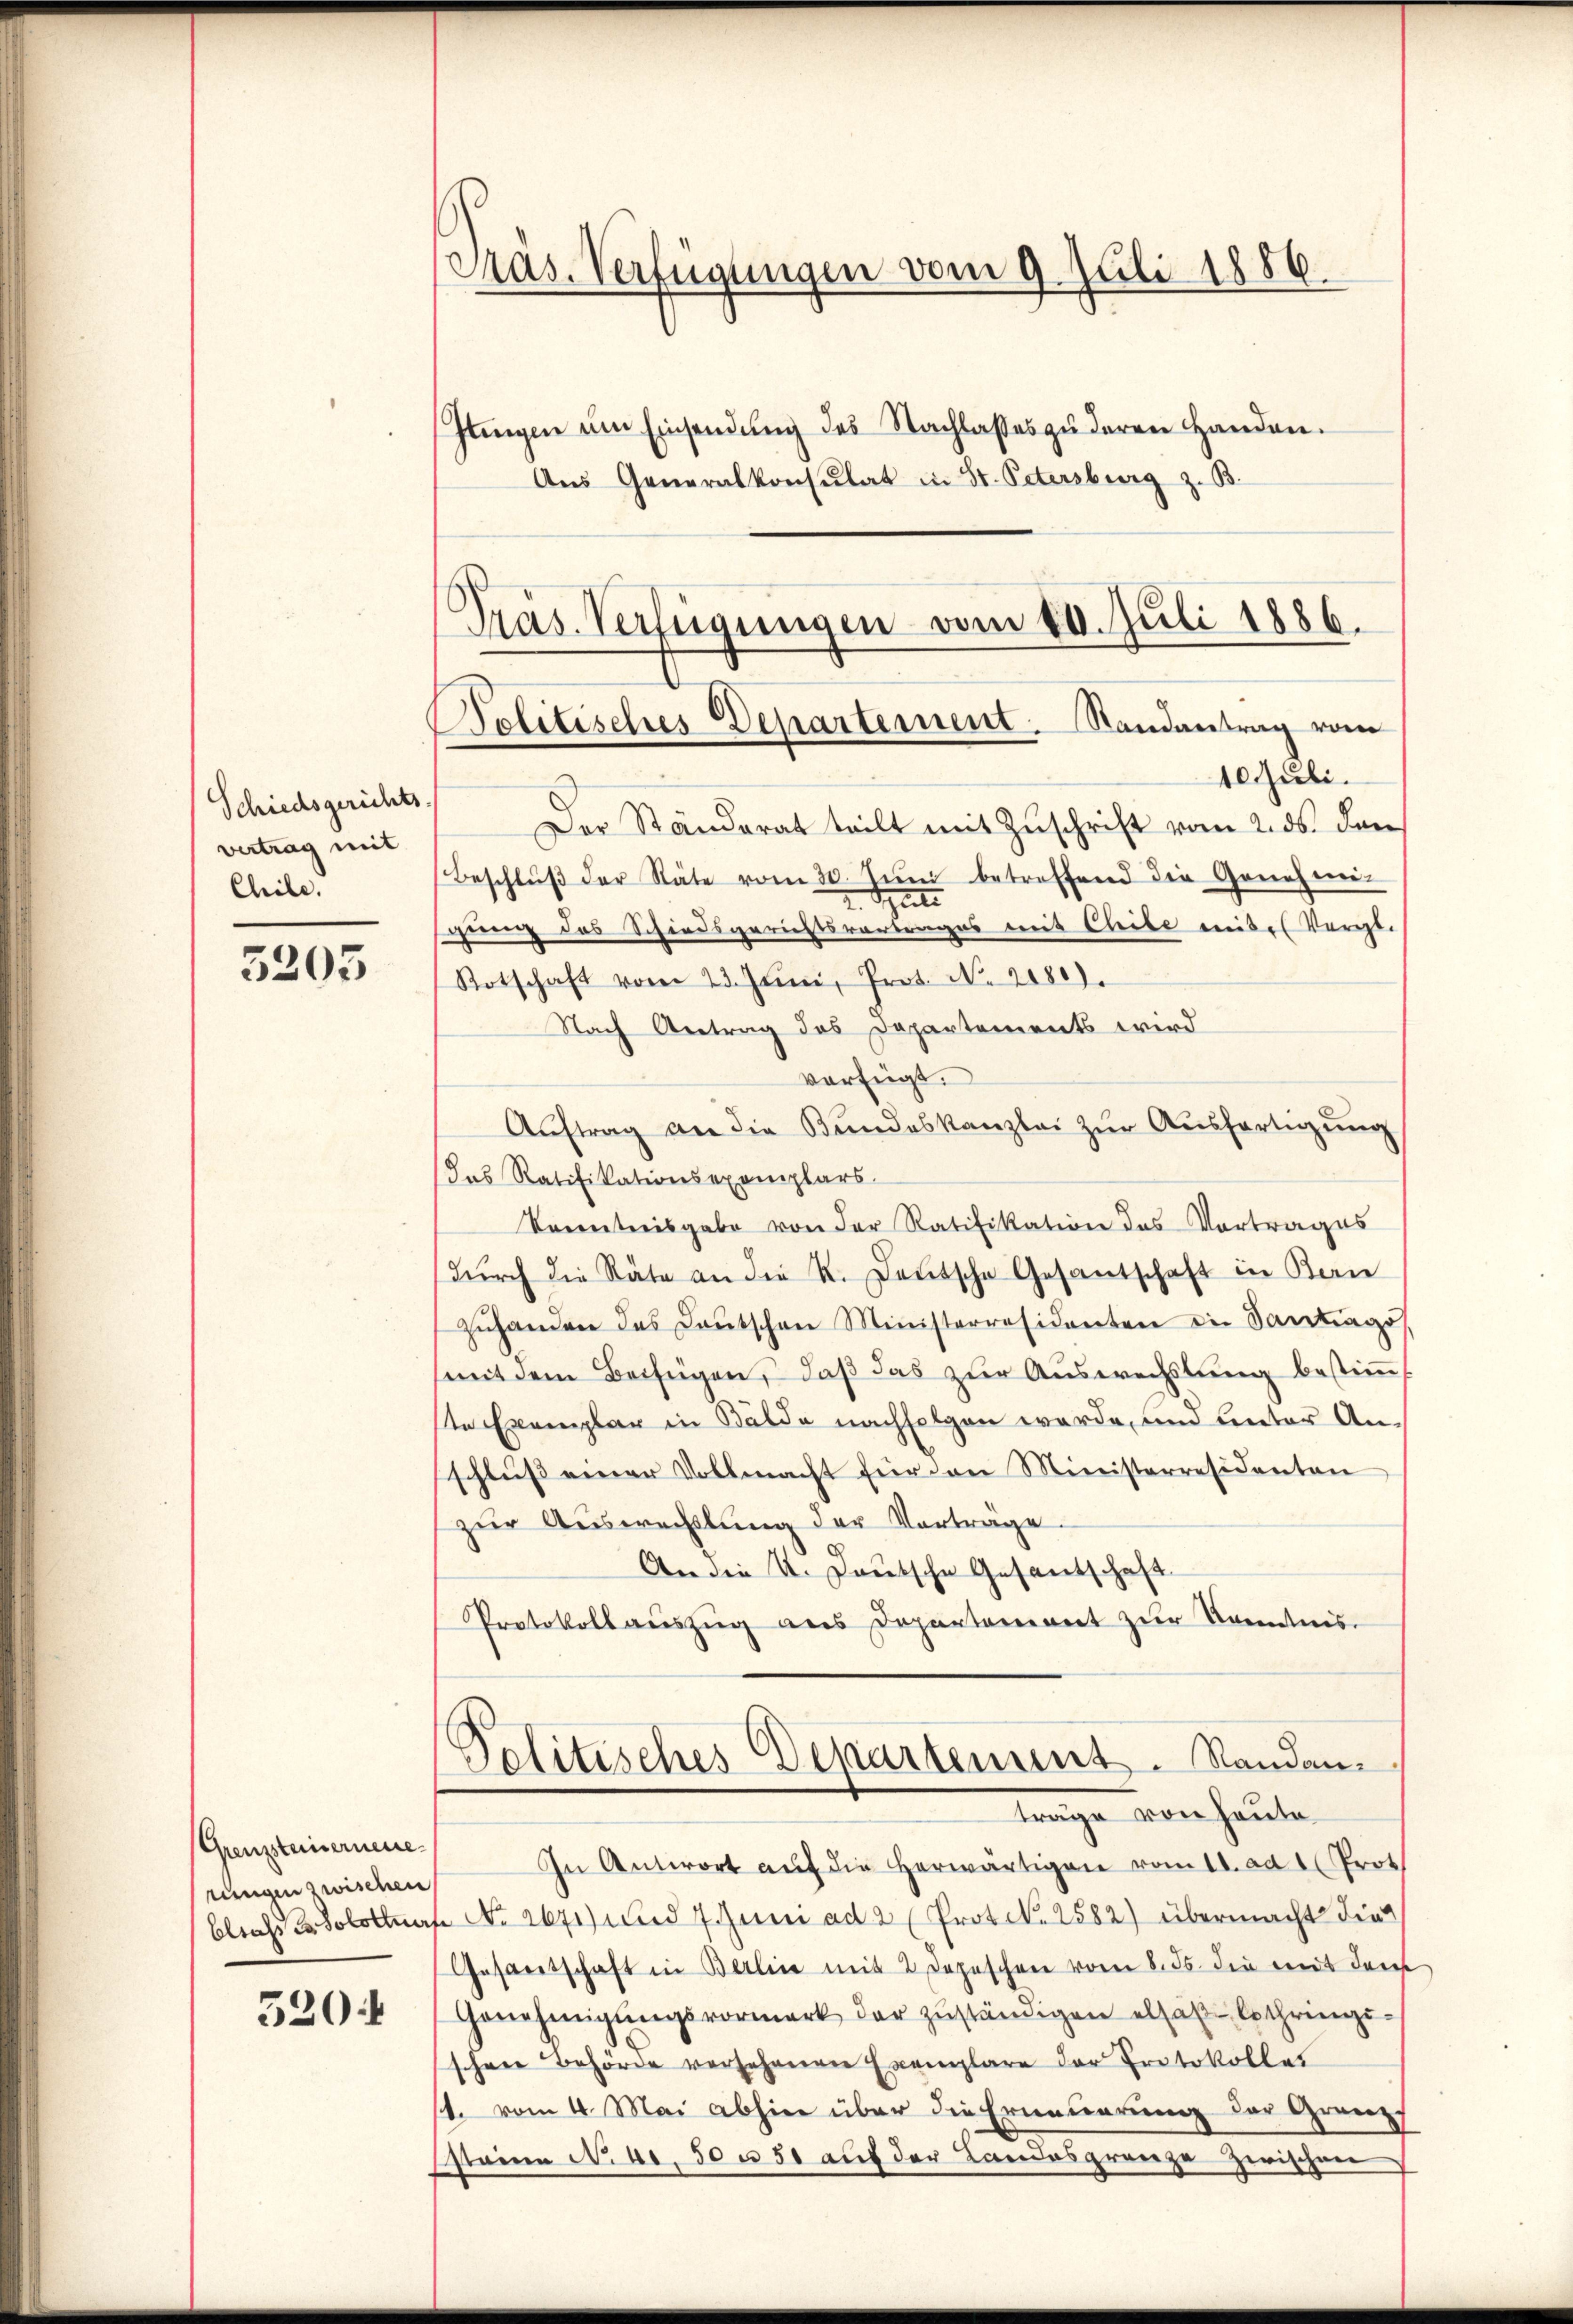
Schiedsgerichts.
vertrag mit
Chile.

3203

(Grenzsteinerneue
rungen zwischen

520:

)
Präs. Verfügungen vom 9. Juli 1886.
Jlingen um Einsendung des Nachlasses zu deren Handen.
Aus Generalkonsulat in St. Petersburg z. B.

Präs. Verfügungen vom 10. Juli 1886.
Politisches Departement. Randantrag vom

40 Juli.
Der Ständerat teilt mit Zŭschrift vom 2. ds. den
Beschlŭβ der Räte vom 30. Jŭni betreffend die Genehmi-
Spute
gerung das Schiedsgerichtsvortrages mit Chibe mitel Vergl.
Rotschaft vom 23. Jŭni, Prot. No. 2080.
Nach Antrag des Departements wird
vorfügt.
Aŭftrag an die Bŭndeskanzlei zŭr Aŭsfertigung
Das Ratifikationsexemplars
Kenntnisgabe von der Ratifikation das Vortrages
durch die Räte an die R. Deutsche Gesantschaft in Ban
zŭhanden des Laŭtschen Ministerresidenten die Santrags
(mit dem Beifügen, daß das zur Auswechslung bestimmt
te Exemplar in Bälde nachfolgen werde, und unter Anschluß einer Vollmacht für den Ministerresidenten
zur Auswechslung der Vorträge.
An die u. Lautsche Gesantschaft
Protokoll aŭszŭg aus Departement zur Kenntnis.
Politisches Departement. Randanträge von heute
In Antwort aŭf die herwärtigen vom 11. ad 1. Prot
blichs u. Solottaf No 2671) und 7 Juni ad 2 (Prot. N. 2582) übermacht die
Gesandschaft in Berlin mit 2 Depeschen vom 8. ds. die mit dem
Genehmigŭngsvormerk der zŭständigen elsaβ-Lothringi-
schöne Behörde versehenen Exemplare der Protokolles
/1. vom 4. Mai abhin über die Erneuerung der Granz-
staine No. 4. 50 u 50 auf der Landesgränze zwischen